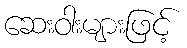
ဆေးဝါးများဖြင့်